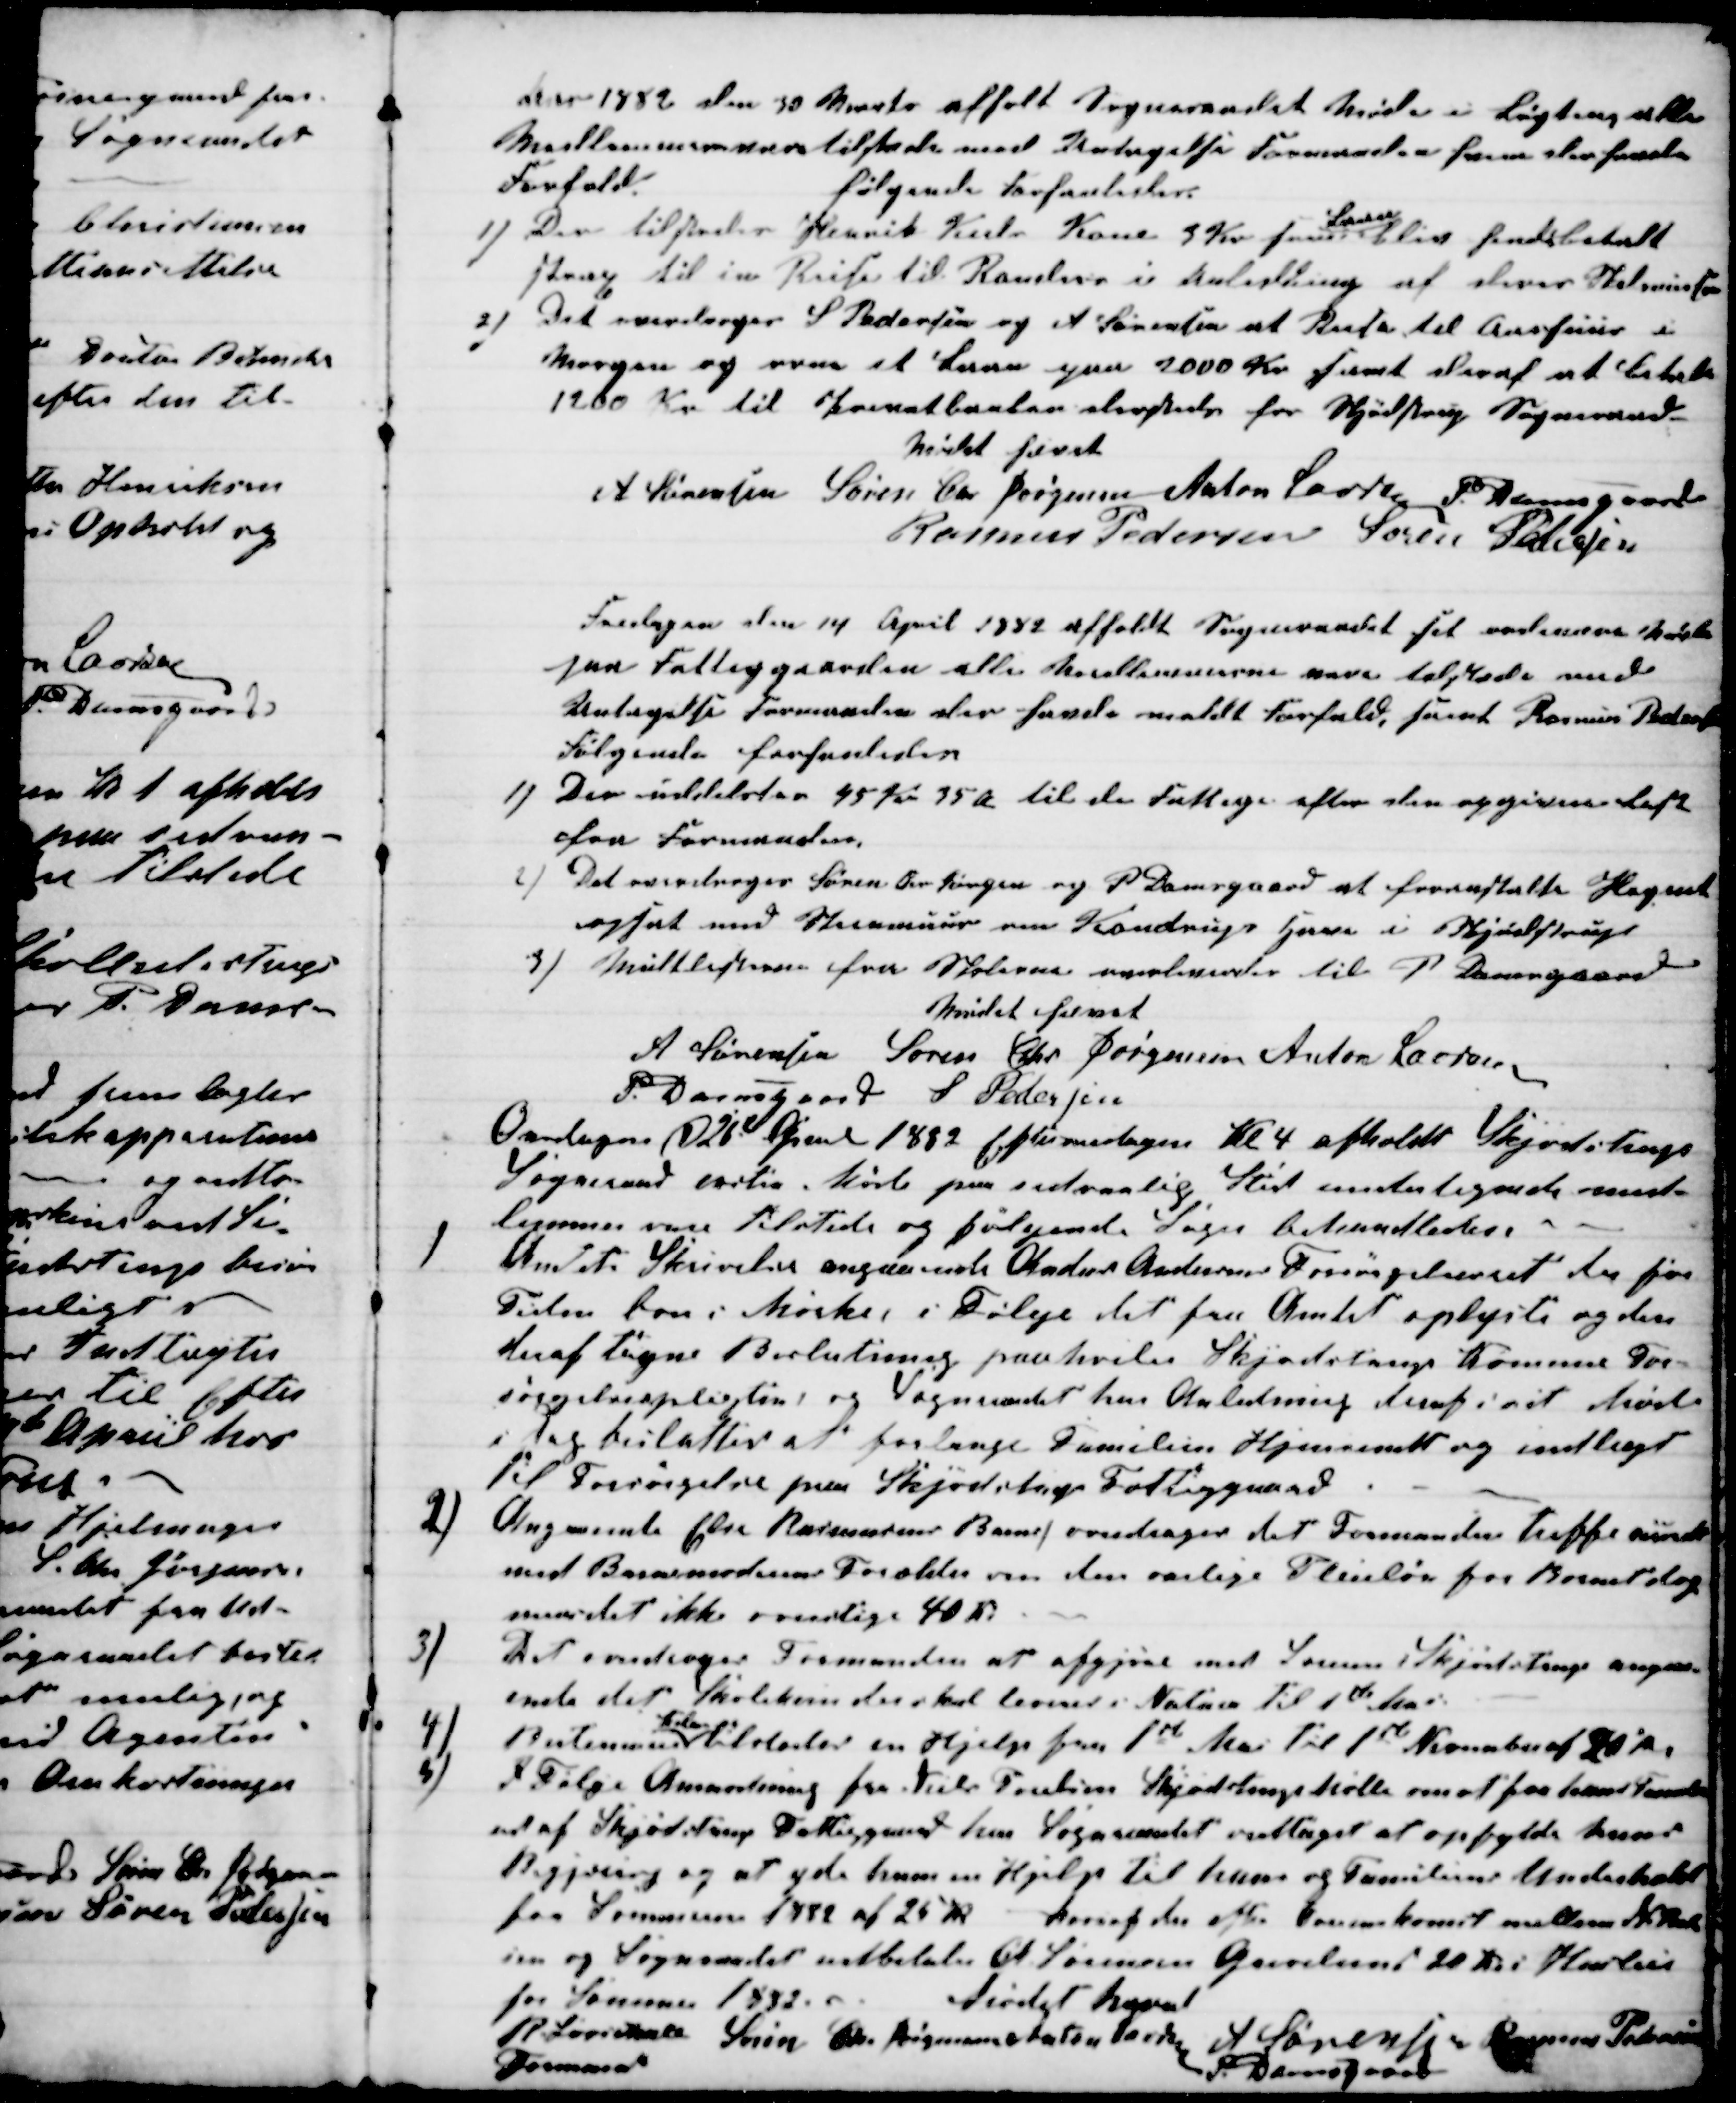
Transskription:
Aar 1882 den 30 Marts afholt Sogneraadet Møde i Løgten, alle
Medlemmer vare tilstede med Untagelse Formanden som der sendt
Forfald
følgende forhandledes
1) Der tilstodes Henrik Kiels Kone 5 Kr som
Laan
blir forudbetalt
strax til en Reise til Randers i Anledning af deres Skilsmisse
2) Det overdroges S Pedersen og A Sørensen at Reise til Aarhuus i
Morgen og over et Laan paa 2000 Kr samt deraf at betale
1280 Kr til Privatbanken dersteds for Skjødstrup Sogneraad
Mødet hævet
A Sørensen Søren Chr Jørgensen Anton Laursen P. Damsgaard
Rasmus Pedersen Søren Pedersen
Fredagen den 14 April 1882 afholdt Sogneraadet sit ordinære Møde
paa Fattiggaarden alle Mellemmerne vare tilstede med
Untagelse Formanden der havde meldt Forfald, samt Rasmus Pedersen
Følgende forhandledes
1) Der udbetaltes 45 Kr. 35 Øre til de Fattige efter den opgivne 
fra Formanden.
2)
Det overdroges Søren Chr Jørgensen og P. Damsgaard at foranstalte Hegnet
opsat ved Husmuur om Kondrups Have i Skjødstrup
3)
Mulklisterne fra Skolerne overdroges til P Damsgaard
Mødet hævet
A Sørensen Søren Chr Jørgensen Anton Laursen
P. Damsgaard S. Pedersen
Onsdagen d 26de April 1882 Eftermidagen Kl 4 afholdt Skjødstrup
Sogneraad exstra Møde paa sedvanlig Sted undertegnede med-
lemmer vare tilstede og følgende Sager behandledes.
1
Amtets Skrivelse angaaende Anders Andersens Forsørgelsesret der for
Tiden bor i Mørke, i Følge det fra Amtet oplyste og den
deraf tagne Beslutning paahviles Skjødstrugs Komune For-
søgelsespligten, og Sogneraadet har Anledning deraf i sit Møde
i Dag besluttet at forlange Familien Hjemsendt og indlagt
til Forsørgelse paa Skjødstrup Fattiggaard
2)
Angaaende Else Rasmussens Barne, overdroges det Formanden treffe minde
med Barnemoderens Forældre om den aarlige Pleieløn for Barnet dog
maa det ikke overstige 40 Kr
3)
Det overdroges Formanden at afgjøre med Læreren i Skjødstrup angaa-
ende det Skolekorn der skal leveres i Natura til 1ste Mai
4)
Bertemarie 
Kiler
tilstodes en Hjelp fra 1st Maj til 1st November af 20 Kr.
5)
I Følge Anmodning fra Niels Poulsen Skjødstrup Mølle om at faa hans Familie
ud af Skjødstrup Fattiggaard har Sogneraadet vedtaget at opfylde hans
Begjering og at yde ham en Hjelp til ham og Familiens Underhold
for Sommeren 1882 af 25 Kr hvoraf der efter Overenskomst mellem N. Poul
sen og Sogneraadet udbetales A Sørensen Grevelund 20 Kr i Husleie
for Sommeren 1882.
Mødet hævet
R. Løvschall 
Formand
Søren Chr. Jørgensen Anton Laursen A. Sørensen Rasmus Pedersen
P. Damsgaard